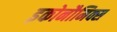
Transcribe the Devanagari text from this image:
इकोनौमिक्स